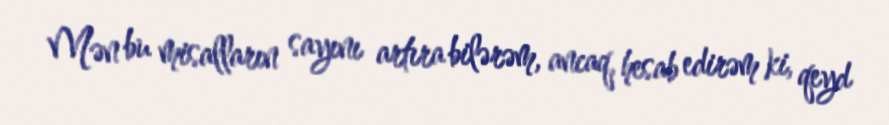
Mən bu misalların sayını artıra bilərəm, ancaq, hesab edirəm ki, qeyd